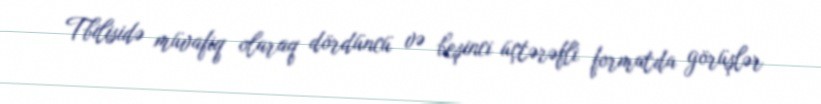
Tbilisidə müvafiq olaraq dördüncü və beşinci üçtərəfli formatda görüşlər